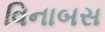
વિનાબસ